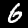
Label: 6